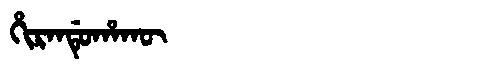
Manchu: ᡥᡳᡵᠠᠨᡩᡠᡥᠠᡴᡡ
Romanization: HIRANDUHAKŪ